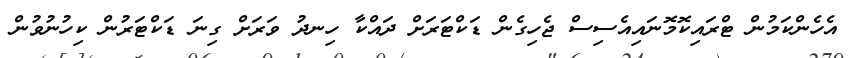
އެހެންކަމުން ޓްރައިކޮމޮނައިއެސިސް ޖެހިގެން ޑަކްޓަރަށް ދައްކާ ހިނދު ވަރަށް ގިނަ ޑަކްޓަރުން ކިހުނުވުން